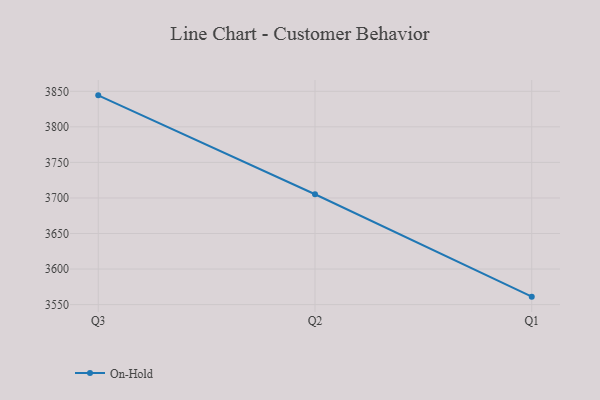
{"axis": {"x": "Quarter", "y": "Conversion Rate (%)"}, "legend": ["On-Hold"], "data": [{"x": "Q3", "y": 3844.3, "type": "On-Hold"}, {"x": "Q2", "y": 3705.2, "type": "On-Hold"}, {"x": "Q1", "y": 3561.2, "type": "On-Hold"}]}